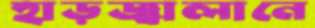
হাড়জ্বালানে